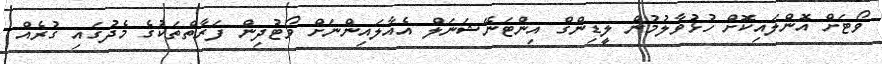
ވޯޓަށް އޮންލައިކޮށް ހުޅުވާލުމުން ލީޑިންގް އިންޓަނޭޝަނަލް އެއާލައިންނަށް ވޯޓުދިން ފަރާތްތަކުގެ މެދުގައި ގުރެއް